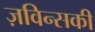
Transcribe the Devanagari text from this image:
ज़विन्सकी